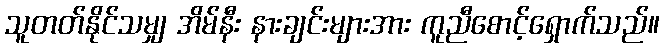
သူတတ်နိုင်သမျှ အိမ်နီး နားချင်းများအား ကူညီစောင့်ရှောက်သည်။